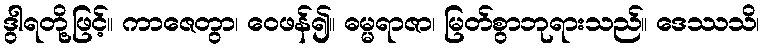
ဒွါရတို့ဖြင့်။ ကာဇေတွာ၊ ဝေဖန်၍။ ဓမ္မရာဇာ၊ မြတ်စွာဘုရားသည်။ ဒေဿသိ၊